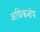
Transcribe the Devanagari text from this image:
अधिकशेप